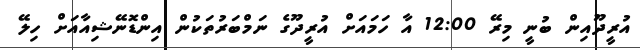
އުރީދޫއިން ބުނީ މިރޭ 12:00 އާ ހަމައަށް އުރީދޫގެ ނަމްބަރުތަކުން އިންޑޮނޭޝިއާއަށް ހިލޭ